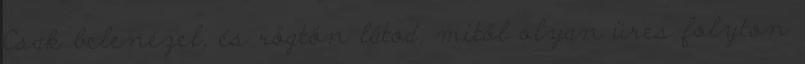
Csak belenézel, és rögtön látod, mitől olyan üres folyton